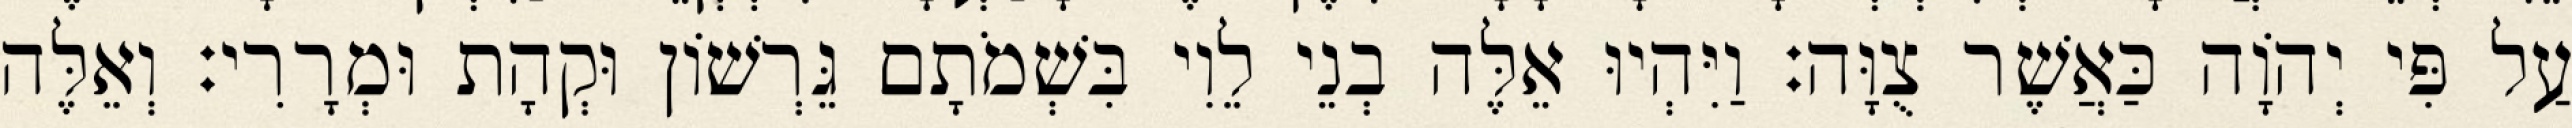
עַל פִּי יְהוָֹה כַּאֲשֶׁר צֻוָּה׃ וַיִּהְיוּ אֵלֶּה בְנֵי לֵוִי בִּשְׁמֹתָם גֵּרְשׁוֹן וּקְהָת וּמְרָרִי׃ וְאֵלֶּה